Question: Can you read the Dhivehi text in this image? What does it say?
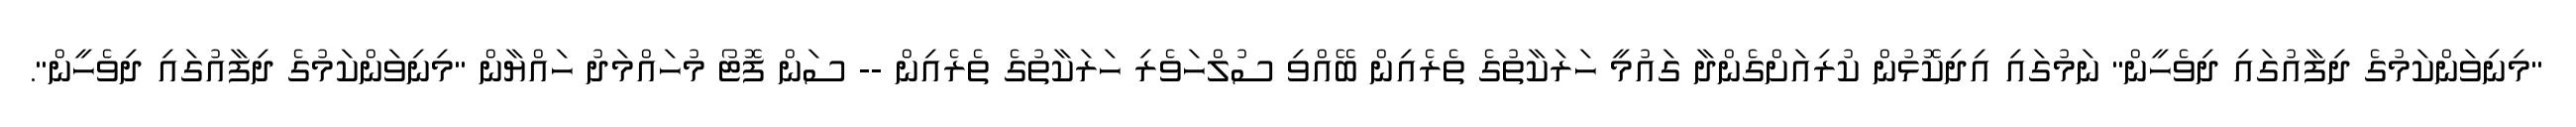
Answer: "މިނިވަންކަމުގެ ދިފާއުގައި ދިވެހީން" ނަމުގައި އިދިކޮޅުން ކުރިއަށްގެންދާ ގައުމީ ހަރަކާތުގެ ތެރެއިން ބޭއްވި ސުލްހަވެރި ހަރަކާތުގެ ތެރެއިން -- ސަން ފޮޓޯ މުހައްމަދު ހައްޔާން "މިނިވަންކަމުގެ ދިފާއުގައި ދިވެހީން".